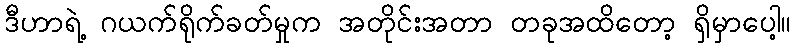
ဒီဟာရဲ့ ဂယက်ရိုက်ခတ်မှုက အတိုင်းအတာ တခုအထိတော့ ရှိမှာပေါ့။